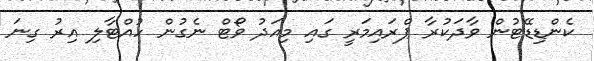
ކެންޑިޑޭޓުން ވާދަކުރާ ޕްރައިމަރީ ގައި މިއަދު ވޯޓް ނެގުން ހުއްޓާލި އިރު ގިނަ